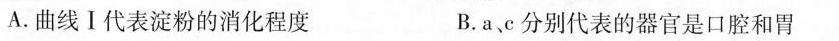
A.曲线Ⅰ代表淀粉的消化程度 B.a、c分别代表的器官是口腔和胃